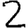
Digit: 2